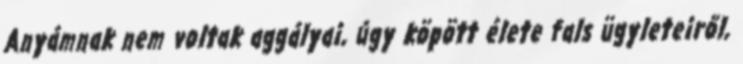
Anyámnak nem voltak aggályai, úgy köpött élete fals ügyleteiről,